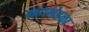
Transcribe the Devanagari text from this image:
महामंडळा